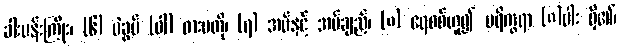
ခါးပန်းကြိုး၊ (၆) ပဲခွပ် (ဝါ) ဓားမတို၊ (၇) အပ်နှင့် အပ်ချည်၊ (၈) ရေစစ်ဟူ၍ ပရိက္ခရာ (၈)ပါး ရှိ၏၊